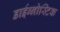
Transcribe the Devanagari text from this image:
डाईग्नोस्टिक